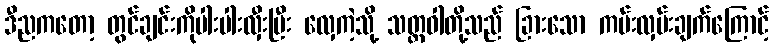
ဒီညကတော့ တွင်ချင်းကိုပါးပါးလှီးပြီး လှေကဲ့သို့ သတ္တဝါတို့သည် ခြားသော ကမ်းလှမ်းချက်ကြောင့်